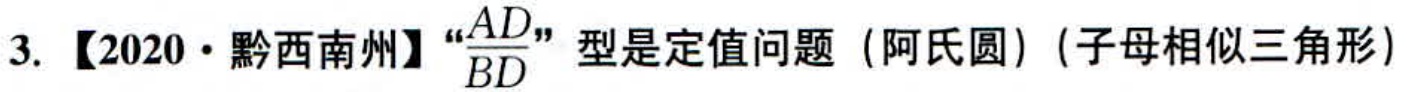
3. 【2020·黔西南州】“$\frac{AD}{BD}$”型是定值问题（阿氏圆）（子母相似三角形）